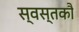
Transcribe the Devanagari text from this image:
स्वस्तकौ